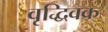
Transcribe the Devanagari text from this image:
वृद्धिवक्र